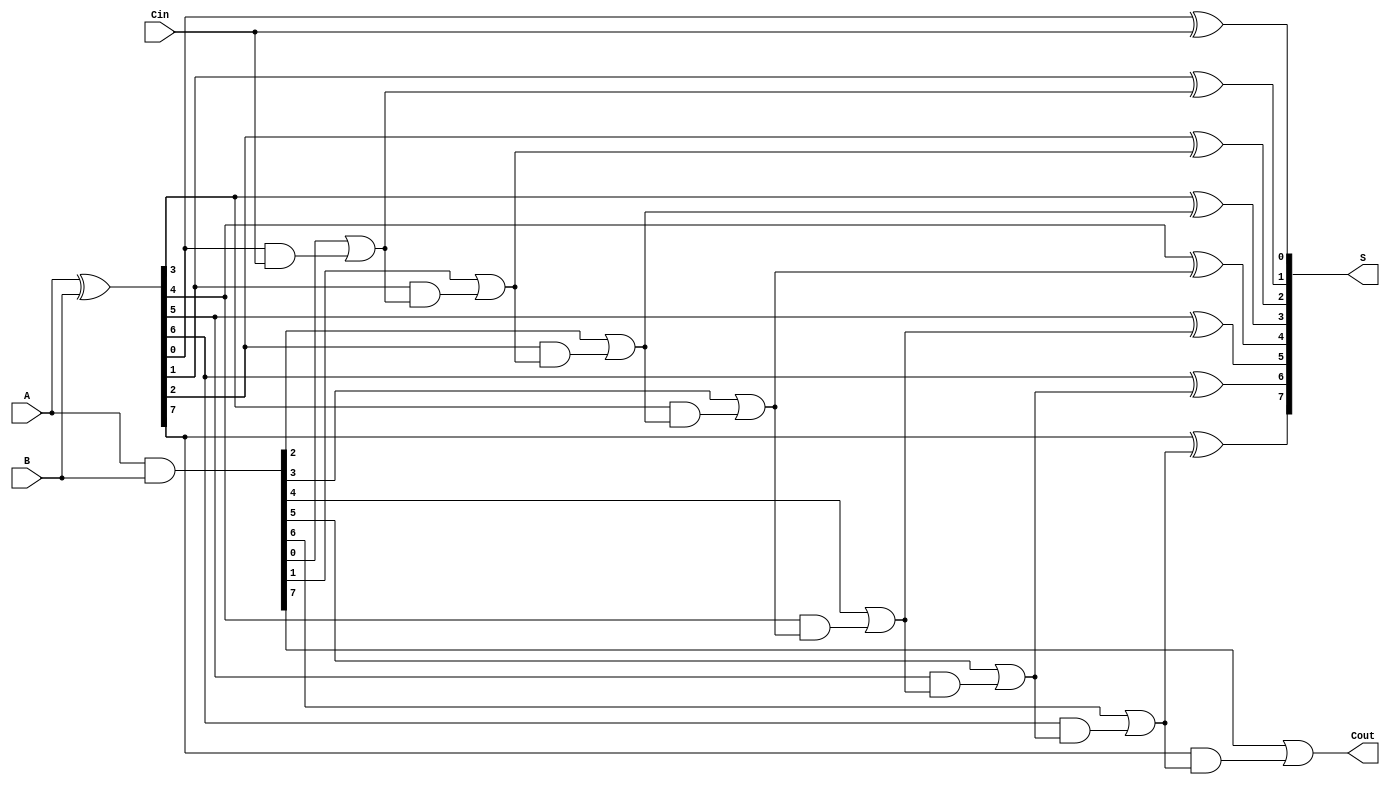
module SklanskyAdder #(parameter WIDTH = 8) (
    input [WIDTH-1:0] A,
    input [WIDTH-1:0] B,
    input Cin,
    output [WIDTH-1:0] S,
    output Cout
);

    wire [WIDTH-1:0] G; // Generate signals
    wire [WIDTH-1:0] P; // Propagate signals
    wire [WIDTH:0] C;   // Carry signals

    // Generate and propagate signals
    assign G = A & B;        // G[i] = A[i] & B[i]
    assign P = A ^ B;        // P[i] = A[i] ^ B[i]

    // Carry signals
    assign C[0] = Cin; // C[0] = Cin

    genvar i;
    generate
        for (i = 1; i < WIDTH; i = i + 1) begin : carry_generation
            assign C[i] = G[i-1] | (P[i-1] & C[i-1]); // C[i] = G[i-1] + (P[i-1] * C[i-1])
        end
    endgenerate

    // Last carry out
    assign Cout = G[WIDTH-1] | (P[WIDTH-1] & C[WIDTH-1]); // Cout = G[WIDTH-1] + (P[WIDTH-1] * C[WIDTH-1])

    // Sum calculation
    generate
        for (i = 0; i < WIDTH; i = i + 1) begin : sum_calculation
            assign S[i] = P[i] ^ C[i]; // S[i] = P[i] ^ C[i]
        end
    endgenerate

endmodule